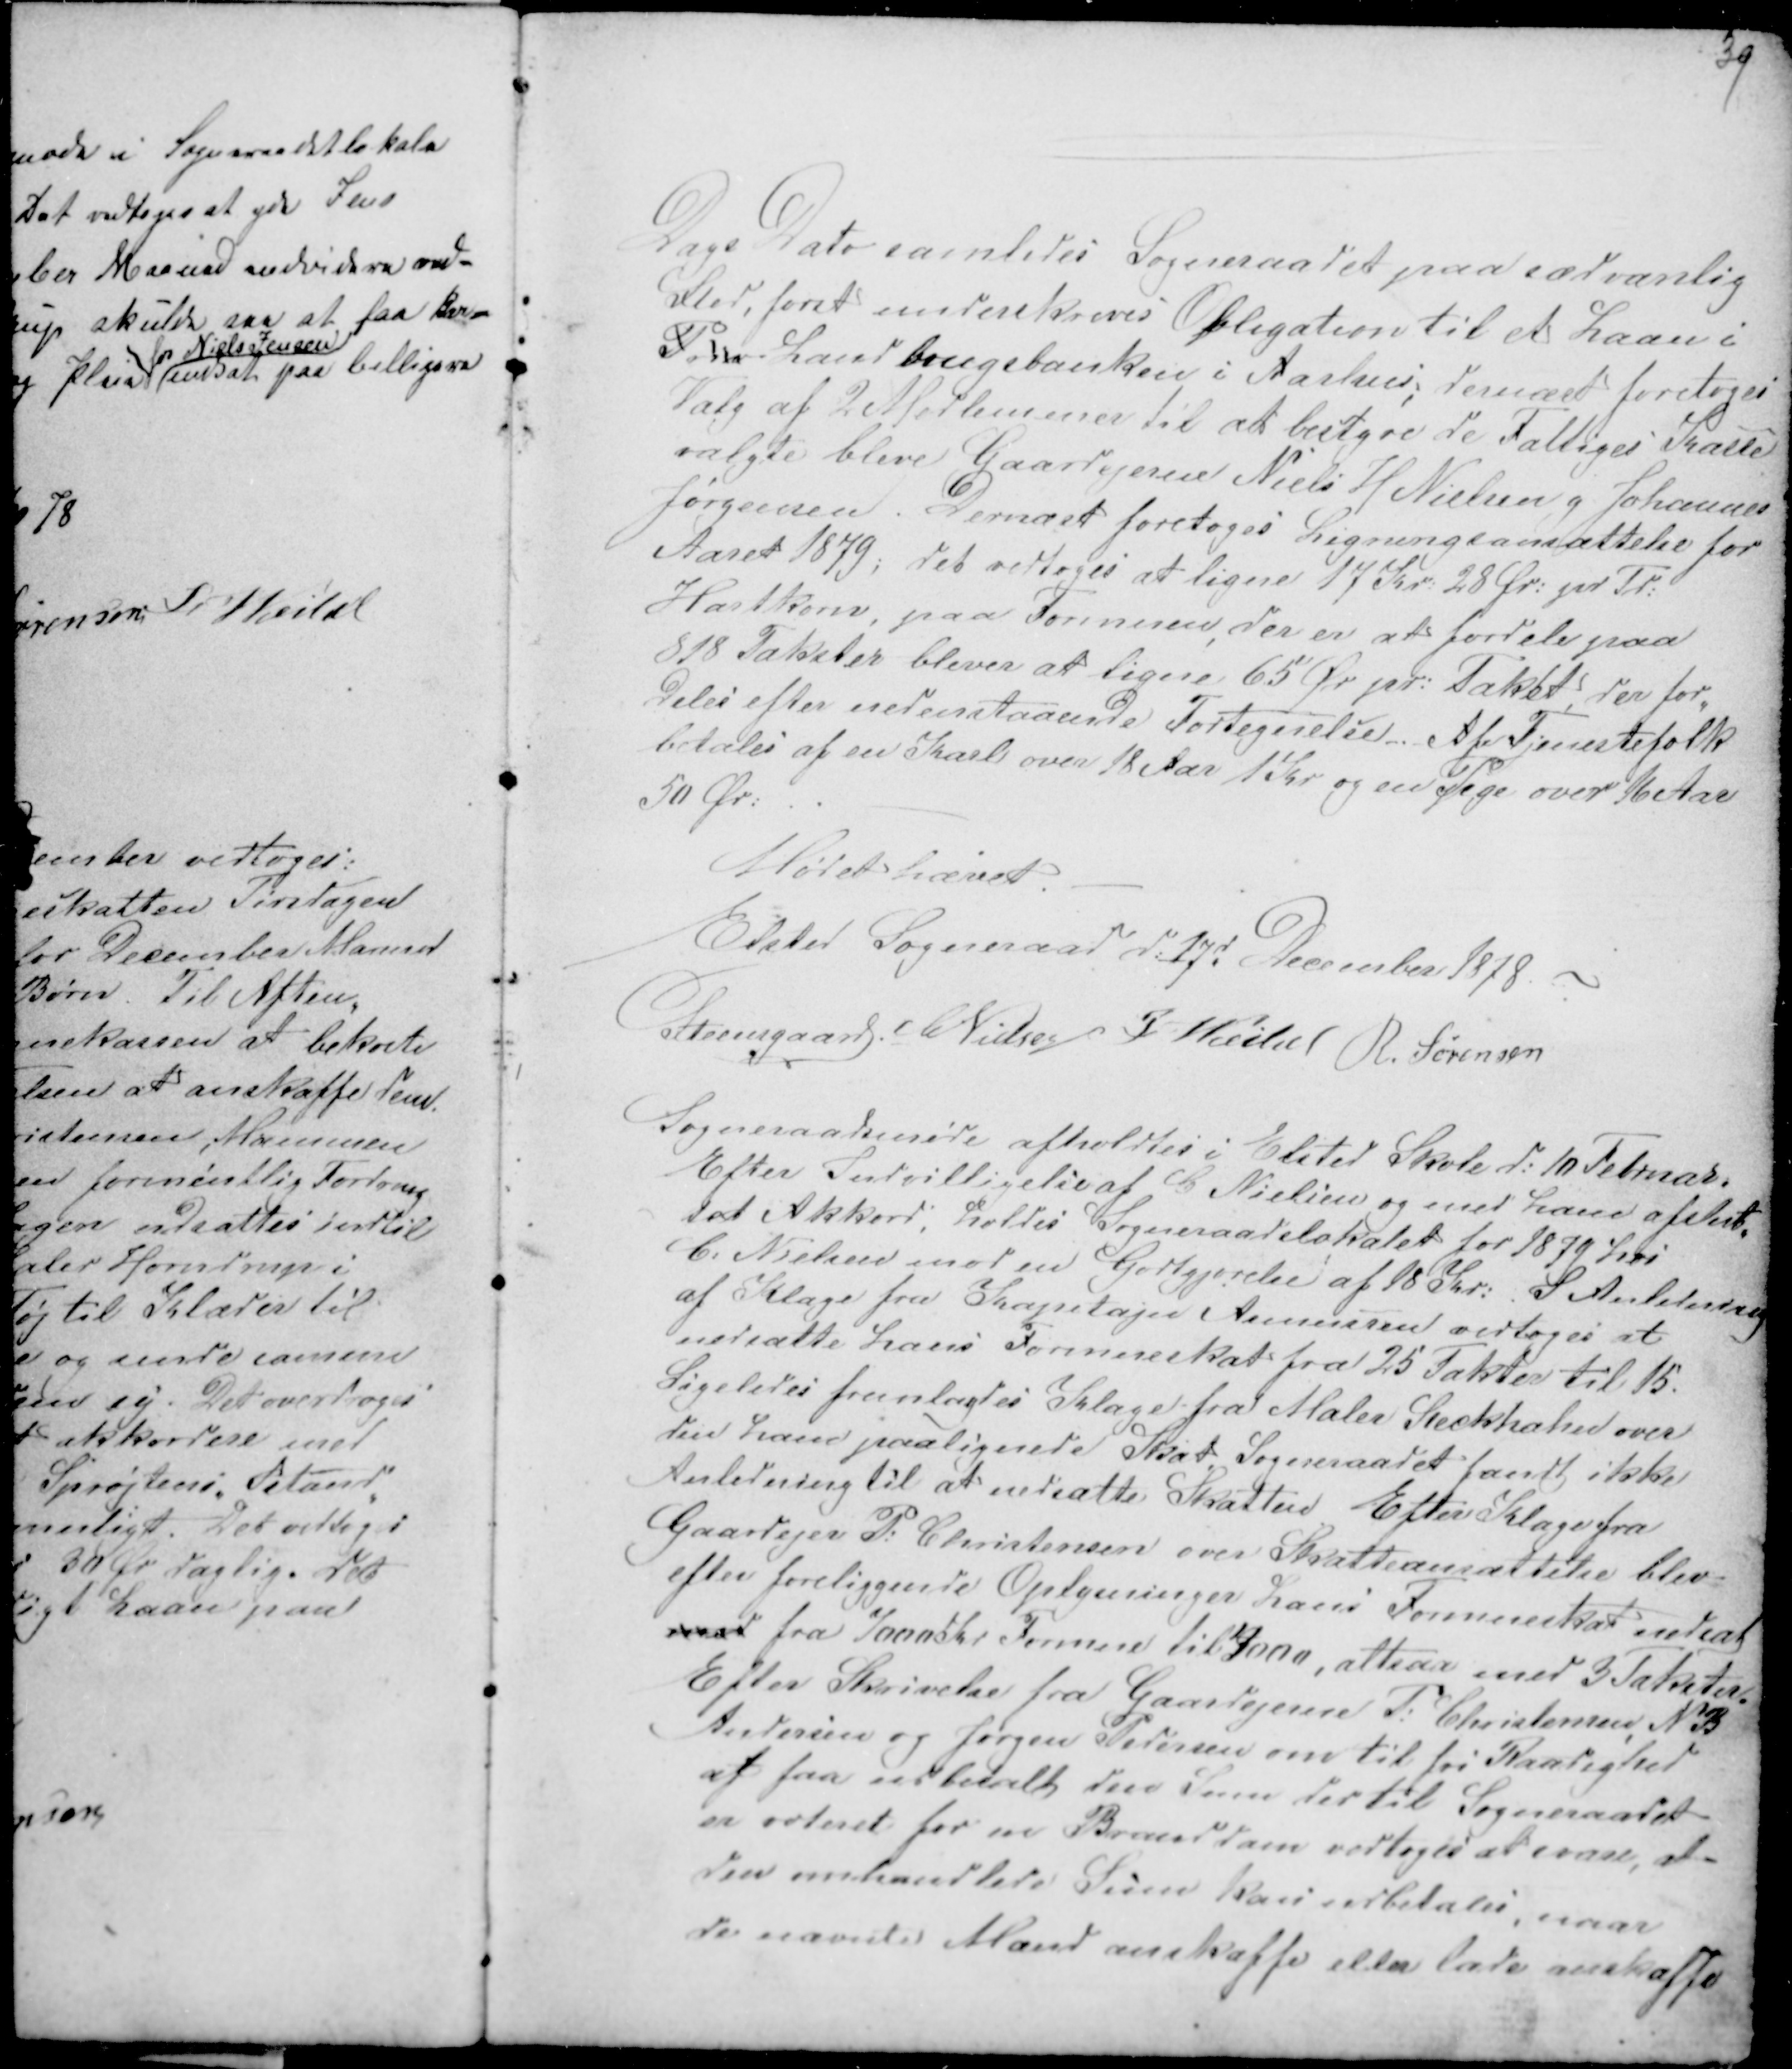
Transskription:
39

Dags Dato samledes Sogneraadet paa sædvanlig
Sted forat underskrive Obligation til et Laan i
Priv Landbrugsbanken i Aarhus; dernæst foretoges
Valg af 2 Medlemmer til at bestyre de Fattiges Kasse
valgte bleve Gaardejerne Niels H Nielsen g Johannes
Jørgensen. Dernæst foretoges Ligningsansættelse for
Aaret 1879; det vedtoges at ligne 17 Kr 28 Ør: pr Td:
Hartkorn, paa Formuen, der er at fordele paa
818 Takster bliver at ligne 65 Ør pr: Takst, der for-
deles efter nedenstaaende Fortegnelse. Af Tjenestefolk
betales af en Karl over 18 Aar 1 Kr og en Pige over 16 Aar
50 Ør: . . -
Mødet hævet. -
Elsted Sogneraad d: 17d December 1878 -
Steensgaard CNielsen F Veibel R. Sørensen

Sogneraadsmøde afholdtes i Elsted Skole d: 10 Februar.
Efter Indvilligelse af C Nielsen og med ham afslut-
tet Akkord, holdes Sogneraadslokalet for 1879 hos
C: Nielsen mod en Godtgjørelse af 18 Kr. I Anledning
af Klage fra Kapetajn Asmussen vedtoges at
nedsætte hans Formueskat fra 25 Takter til 15.
Ligeledes fremlagdes Klage fra Maler Steckhahn over
den ham paalignede Skat. Sogneraadet fandt ikke
Anledning til at nedsætte Skatten. Efter Klage fra
Gaardejer P. Christensen over Skatteansættelse blev
efter foreliggende Oplysninger hans Formueskat nedsat
med fra 7000 Kr Formue til 4000, altsaa med 3 Takster.
Efter Skrivelse fra Gaardejerne P: Christensen, N B 
Andersen og Jørgen Pedersen om til fri Raadighed
at faa udbetalt den Sum der til Sogneraadet
er voteret for en Branddam vedtoges at svare, at
den omhandlede Sum kan udbetales, naar
de nævnte Mænd anskaffe eller lade anskaffe